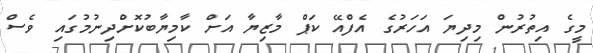
މީގެ އިތުރުން މިދިޔަ އަހަރުގެ އެފްއޭ ކަޕް މާޒިޔާ އަށް ކާމިޔާބުކޮށްދިނުމުގައި ވެސް